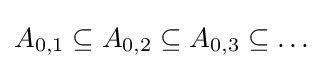
A_{0,1}\subseteq A_{0,2}\subseteq A_{0,3}\subseteq \dots